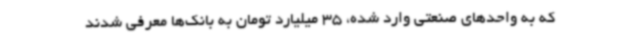
که به واحدهای صنعتی وارد شده، 35 میلیارد تومان به بانک‌ها معرفی شدند